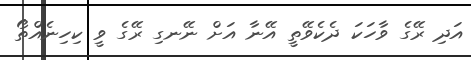
އަދި ރޭގެ ވާހަކަ ދެކެވޭތީ އޭނާ އަށް ނޭނގި ރޭގެ ވީ ކިހިނެއްތޯ